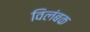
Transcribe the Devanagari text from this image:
विलंबक